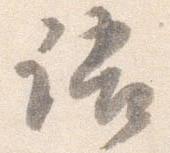
語